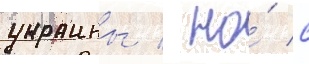
украины / но́ с